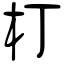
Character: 朾